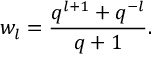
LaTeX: w _ { l } = \frac { q ^ { l + 1 } + q ^ { - l } } { q + 1 } .